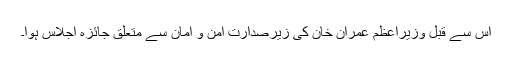
اس سے قبل وزیراعظم عمران خان کی زیرصدارت امن و امان سے متعلق جائزہ اجلاس ہوا۔